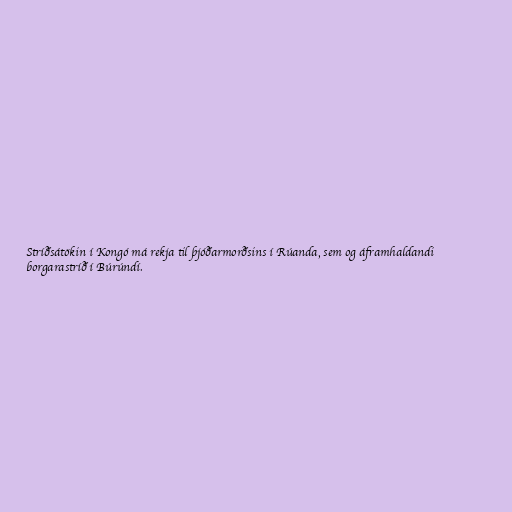
Stríðsátökin í Kongó má rekja til þjóðarmorðsins í Rúanda, sem og áframhaldandi
borgarastríð í Búrúndí.